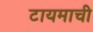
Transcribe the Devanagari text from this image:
टायमाची